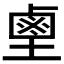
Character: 𪉖